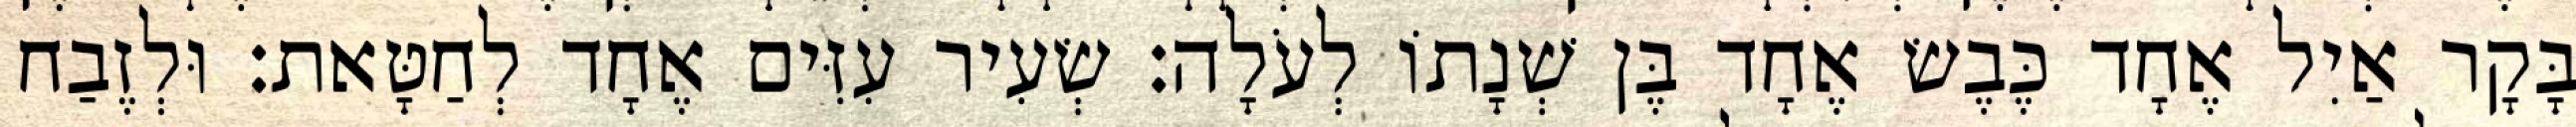
בָּקָר אַיִל אֶחָד כֶּבֶשׂ אֶחָד בֶּן שְׁנָתוֹ לְעֹלָה׃ שְׂעִיר עִזִּים אֶחָד לְחַטָּאת׃ וּלְזֶבַח